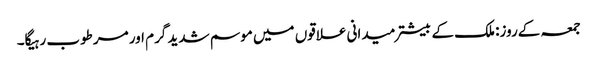
جمعہ کےروز: ملک کے بیشتر میدانی علاقوں میں موسم شدید گرم اور مرطوب رہیگا۔